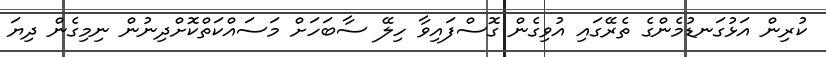
ކުރިން އަޅުގަނޑުމެންގެ ތެރޭގައި އުވިގެން ގޮސްފައިވާ ހިލޭ ސާބަހަށް މަސައްކަތްކޮށްދިނުން ނިމިގެން ދިޔަ